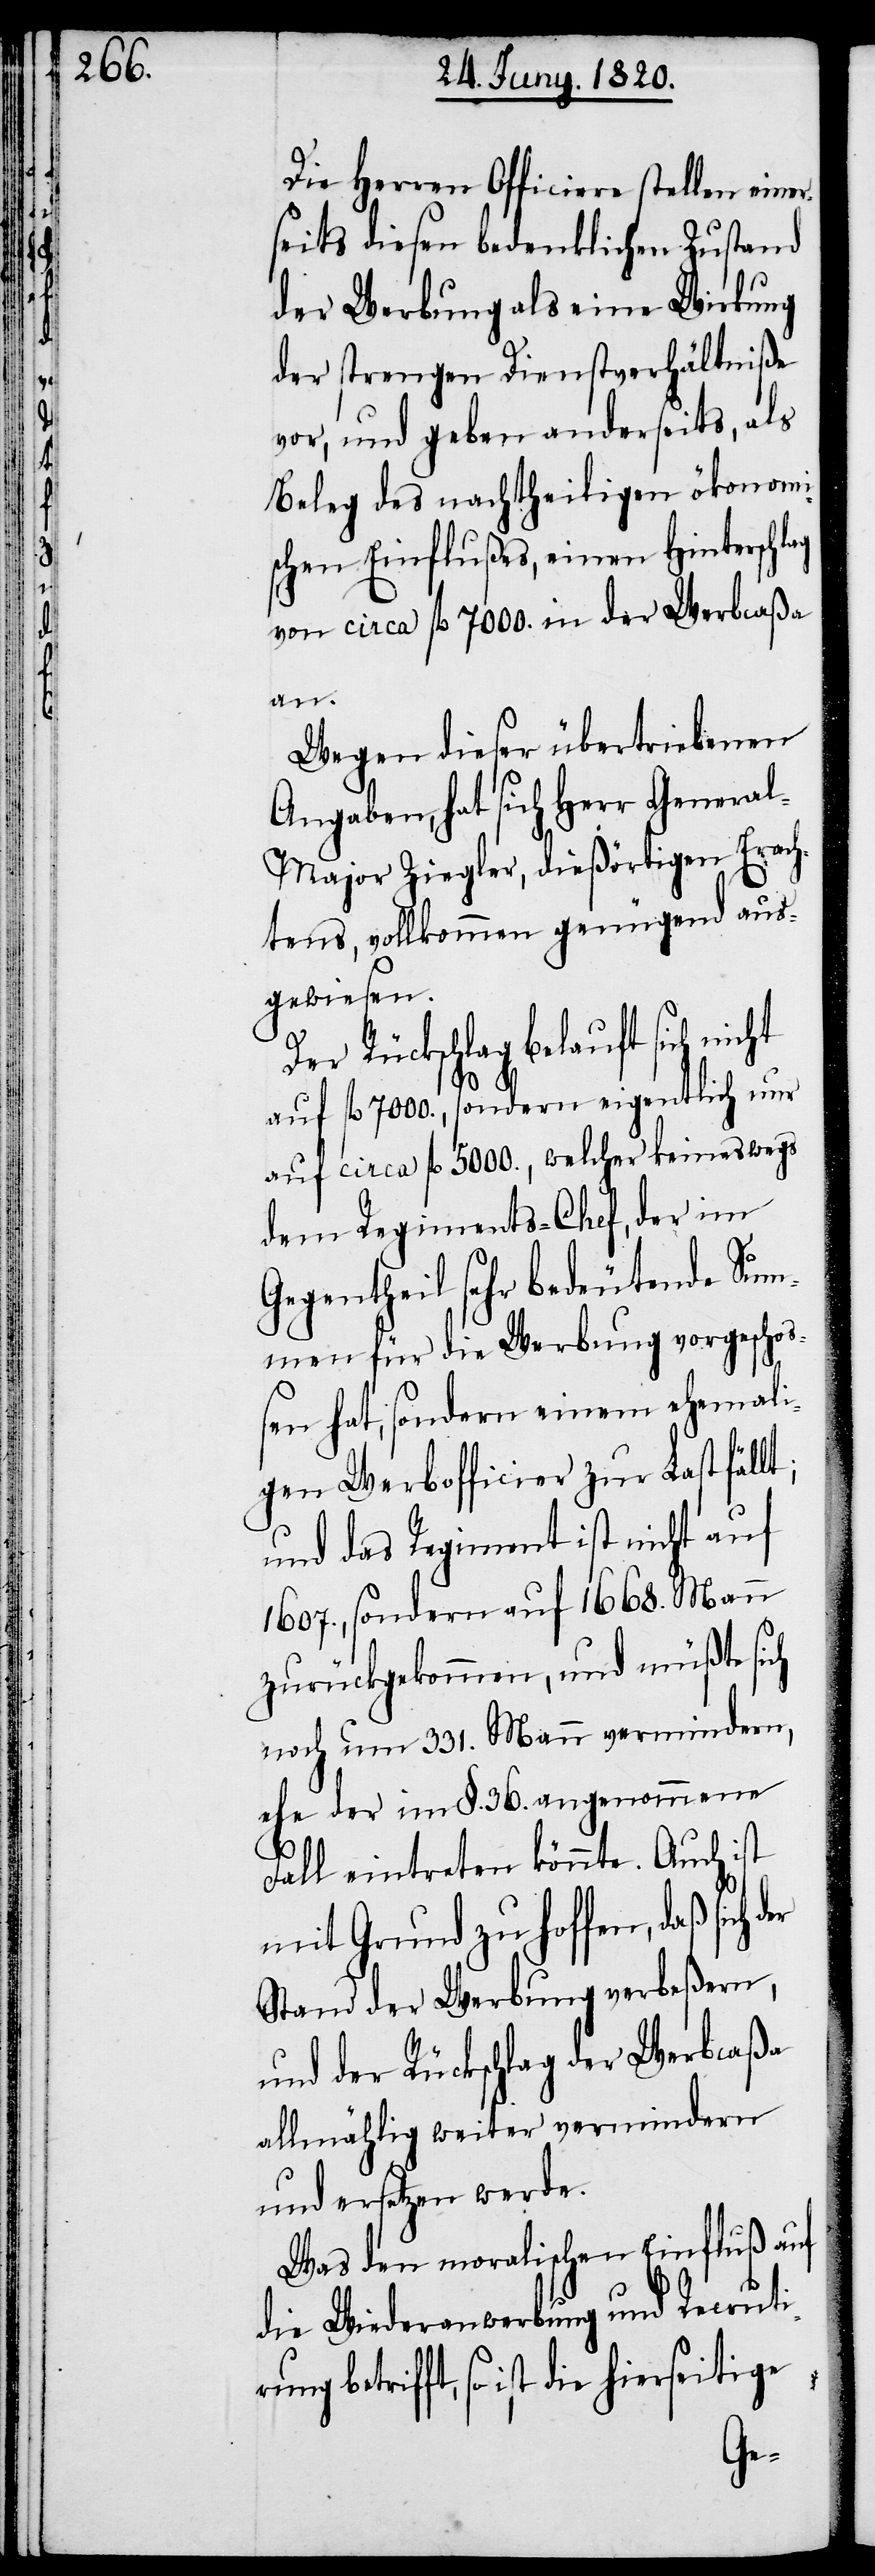
r¬

Die Herren Officiere stellen eine¬
seits diesen bedenklichen Zustand
der Werbung als eine Wirkung
der strengen Dienstverhältniße
vor, und geben anderseits, als
Beleg des nachtheiligen ökonomi¬
schen Einflußes, einen Hinterschlag
von circa fl 7000. in der Werbcaßa
an.
Wegen dieser übertriebenen
Angaben, hat sich Herr Genera¬
l-Major Ziegler, dießörtigen Erach¬
tens, vollkommen genügend aus¬
gewiesen.
Der Rückschlag belauft sich nicht
fl 7000., sondern eigentlich nur
auf circa fl 5000., welcher keineswegs
dem Regiments-Chef, der im
Gegentheil sehr bedeutende Sum¬
men für die Werbung vorgeschos¬
sen hat, sondern einen ehemal¬
igen Werbofficier zur Last fällt;
und das Regiment ist nicht auf
1607. , sondern auf 1668. Mann
zurückgekommen, und müßte sich
noch um 331. Mann vermindern,
ehe der im §. 36. angenommene
Fall eintreten könnte. Auch ist
mit Grund zu hoffen, daß sich
Stand der Werbung verbeßern,
und der Rückschlag der Werbacßa
allmählich weiter vermindern
und ersetzen werde.
Was den moralischen Einfluß auf
die Wiederanwerbung und Recruti¬
rung betrifft, so ist die